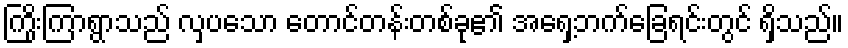
ကြိုးကြာရွာသည် လှပသော တောင်တန်းတစ်ခု၏ အရှေ့ဘက်ခြေရင်းတွင် ရှိသည်။